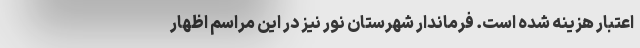
اعتبار هزینه شده است. فرماندار شهرستان نور نیز در این مراسم اظهار